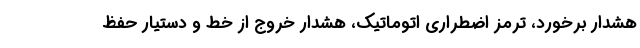
هشدار برخورد، ترمز اضطراری اتوماتیک، هشدار خروج از خط و دستیار حفظ